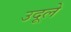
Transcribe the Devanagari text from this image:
उदूले